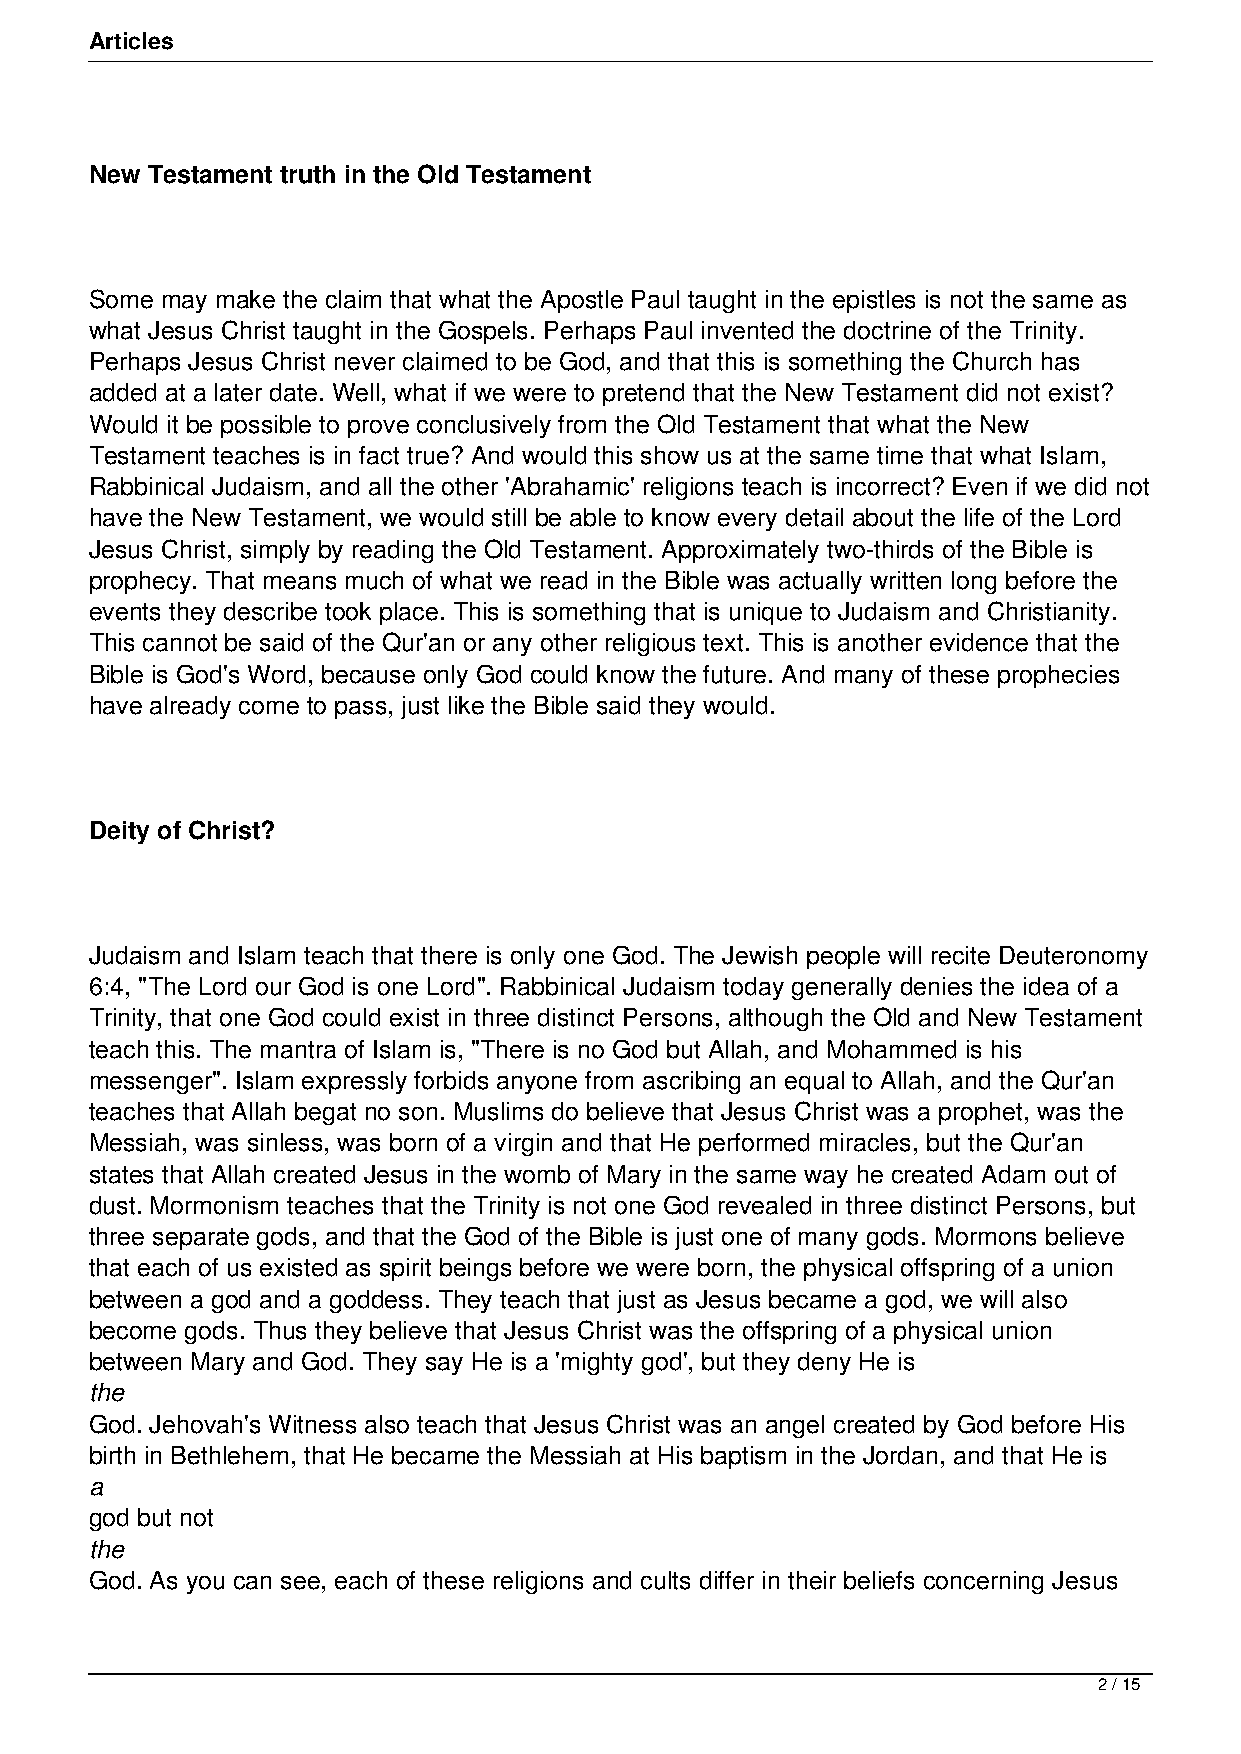
Articles
 New Testament truth in the Old Testament
 Some may make the claim that what the Apostle Paul taught in the epistles is not the same as
 what Jesus Christ taught in the Gospels. Perhaps Paul invented the doctrine of the Trinity.
 Perhaps Jesus Christ never claimed to be God, and that this is something the Church has
 added at a later date. Well, what if we were to pretend that the New Testament did not exist?
 Would it be possible to prove conclusively from the Old Testament that what the New
 Testament teaches is in fact true? And would this show us at the same time that what Islam,
 Rabbinical Judaism, and all the other 'Abrahamic' religions teach is incorrect? Even if we did not
 have the New Testament, we would still be able to know every detail about the life of the Lord
 Jesus Christ, simply by reading the Old Testament. Approximately two-thirds of the Bible is
 prophecy. That means much of what we read in the Bible was actually written long before the
 events they describe took place. This is something that is unique to Judaism and Christianity.
 This cannot be said of the Qur'an or any other religious text. This is another evidence that the
 Bible is God's Word, because only God could know the future. And many of these prophecies
 have already come to pass, just like the Bible said they would.
 Deity of Christ?
 Judaism and Islam teach that there is only one God. The Jewish people will recite Deuteronomy
 6:4, "The Lord our God is one Lord". Rabbinical Judaism today generally denies the idea of a
 Trinity, that one God could exist in three distinct Persons, although the Old and New Testament
 teach this. The mantra of Islam is, "There is no God but Allah, and Mohammed is his
 messenger". Islam expressly forbids anyone from ascribing an equal to Allah, and the Qur'an
 teaches that Allah begat no son. Muslims do believe that Jesus Christ was a prophet, was the
 Messiah, was sinless, was born of a virgin and that He performed miracles, but the Qur'an
 states that Allah created Jesus in the womb of Mary in the same way he created Adam out of
 dust. Mormonism teaches that the Trinity is not one God revealed in three distinct Persons, but
 three separate gods, and that the God of the Bible is just one of many gods. Mormons believe
 that each of us existed as spirit beings before we were born, the physical offspring of a union
 between a god and a goddess. They teach that just as Jesus became a god, we will also
 become gods. Thus they believe that Jesus Christ was the offspring of a physical union
 between Mary and God. They say He is a 'mighty god', but they deny He is
 the
 God. Jehovah's Witness also teach that Jesus Christ was an angel created by God before His
 birth in Bethlehem, that He became the Messiah at His baptism in the Jordan, and that He is
 a
 god but not
 the
 God. As you can see, each of these religions and cults differ in their beliefs concerning Jesus
 2 / 15